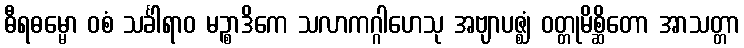
ဓီရဓမ္မော ဝစံ သင်္ခါရာဝ မဉ္စာဒိကေ သလာကဂ္ဂါဟေသု အဗျာပဇ္ဈံ ဝတ္တုမိစ္ဆိတော အာသတ္တာ